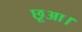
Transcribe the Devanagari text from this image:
छूआ।